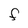
Character: F